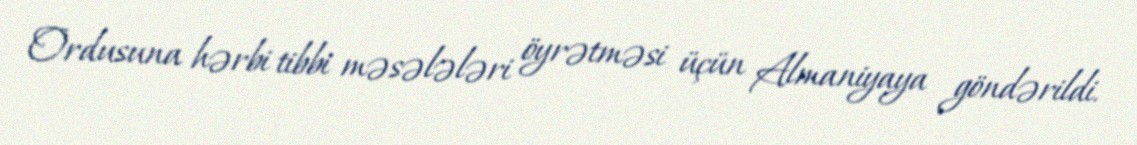
Ordusuna hərbi tibbi məsələləri öyrətməsi üçün Almaniyaya göndərildi.